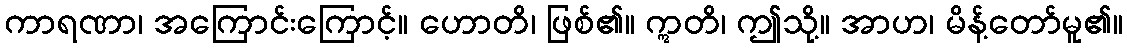
ကာရဏာ၊ အကြောင်းကြောင့်။ ဟောတိ၊ ဖြစ်၏။ ဣတိ၊ ဤသို့။ အာဟ၊ မိန့်တော်မူ၏။